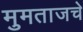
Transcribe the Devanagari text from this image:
मुमताजचे